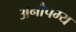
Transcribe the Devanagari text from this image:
अनौपम्य